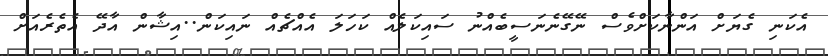
އެކަނި ގެޔަށް އަންނާކަށްވެސް ނޭގޭނެނަސީބެއްނު ސައިކަލެއް ކަހަލަ އެއްޗެއް ނައިކަން..އިޝާން އާދޭ އެތެރެއަށް